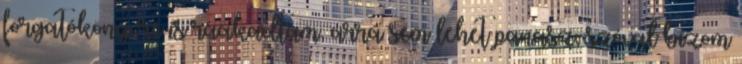
forgatókönyvre is ráakadtam, arra sem lehet panasz, szóval bízom